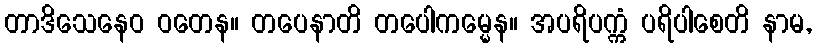
တာဒိသေနေဝ ဝတေန။ တပေနာတိ တပေါကမ္မေန။ အပရိပက္ကံ ပရိပါစေတိ နာမ,